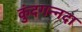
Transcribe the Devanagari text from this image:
कुंदगन्नदा